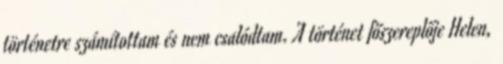
történetre számítottam és nem csalódtam. A történet főszereplője Helen,